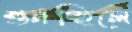
শুনচ্ছিলে